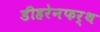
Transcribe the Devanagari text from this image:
डीहरेनफर्थ